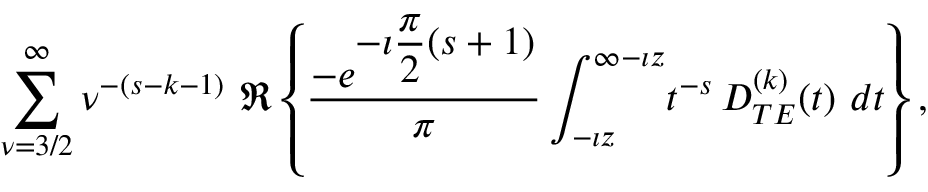
\begin{array} { c } { { \displaystyle { \sum _ { \nu = 3 / 2 } ^ { \infty } \nu ^ { - ( s - k - 1 ) } } \ \Re \left\{ \displaystyle { \frac { - e ^ { \displaystyle { - \imath \frac { \pi } { 2 } ( s + 1 ) } } } { \pi } } \, \displaystyle { \int _ { - \imath z } ^ { \infty - \imath z } } t ^ { - s } \, \displaystyle { D _ { T E } ^ { ( k ) } ( t ) } \ d t \right\} , } } \end{array}